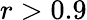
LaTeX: r>0.9